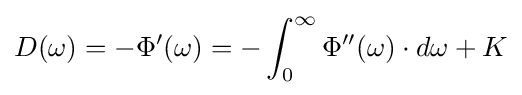
D(\omega )=-\Phi '(\omega )=-\int _{0}^{\infty }\Phi ''(\omega )\cdot d\omega +K